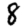
Digit: 8